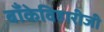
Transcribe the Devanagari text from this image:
बाँकेविहारीजी